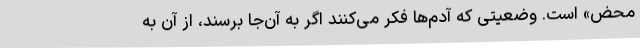
محض» است. وضعیتی که آدم‌ها فکر می‌کنند اگر به آن‌جا برسند، از آن به